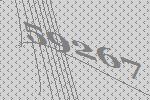
59267